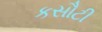
કસૌટી